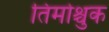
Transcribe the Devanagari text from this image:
तिमोश्चुक